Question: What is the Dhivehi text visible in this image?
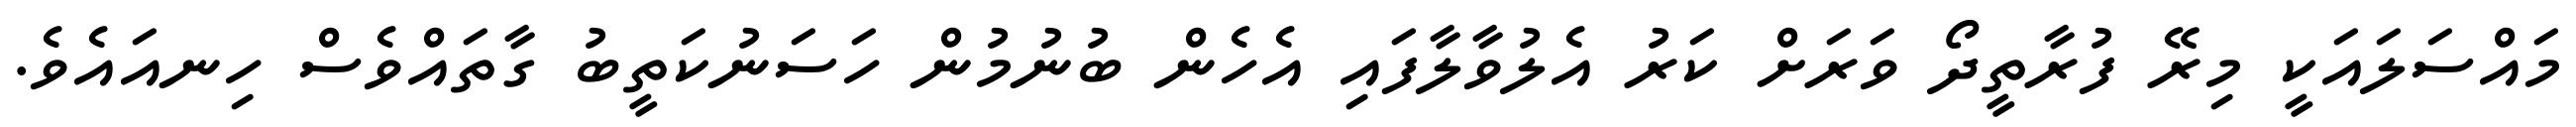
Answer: މައްސަލައަކީ މިރޭ ފުރާތީދޯ ވަރަށް ކަރު އެލުވާލާފައި އެހެން ބުނުމުން ހަސަނުކަތީބު ގާތައްވެސް ހިނއައެވެ.